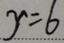
y = 6